Trukikaitis_Postimees, lk 134
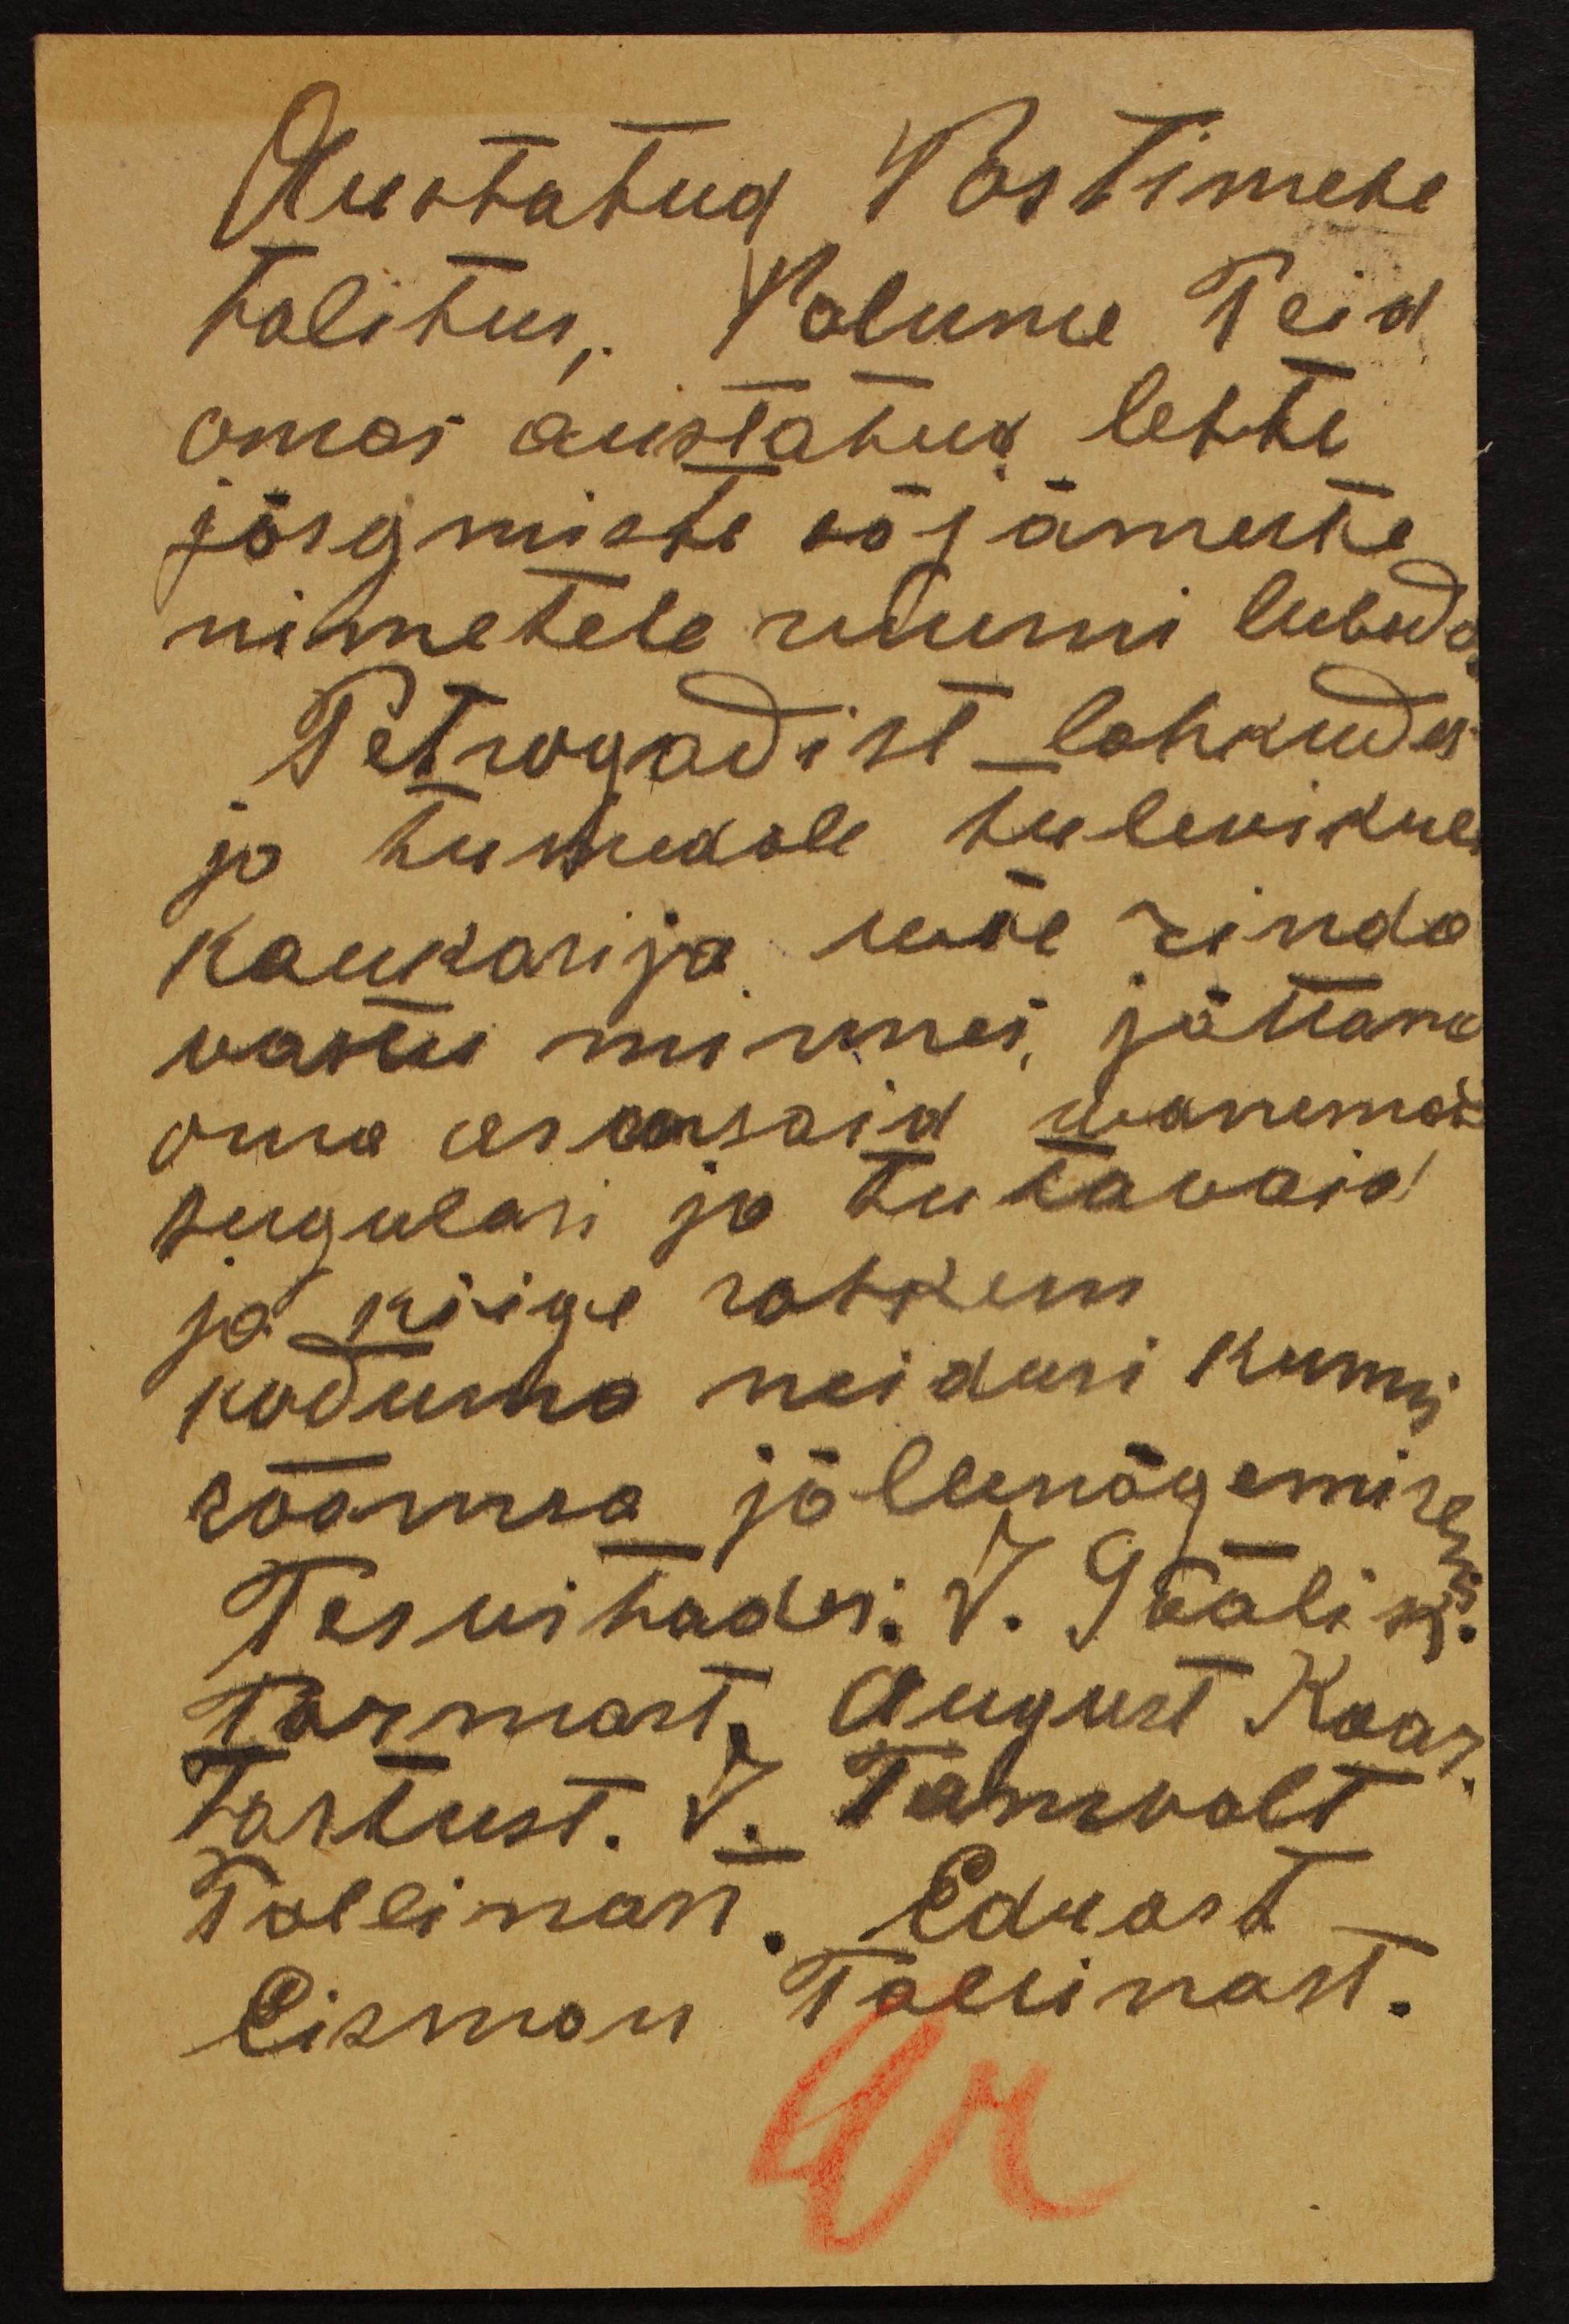
Auustatud Postimehe
talitus, Palume Teid
omas austatud lehte
järgmiste sõjameste
nimetele ruumi lubada
Petrogradist lahkudes
ja tumedale tulevikule
Kaukarija sure rinde
variu minnes jättame
oma armsaid wanemad
surgulasi ja tutawaid
ja kõige rohkem
koduma neidusi kunni
rõõmsa jällenägemiseni
Tervitades: V. Gäälik.
Tarmast August Kaar.
Tartust. J. Tamvalt
Talliman, Eduard
Lisman Tallinast.